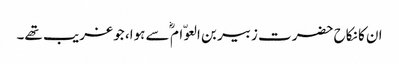
ان کا نکاح حضرت زبیر بن العوّام ؓ سے ہوا، جو غریب تھے۔